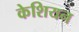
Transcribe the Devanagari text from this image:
केशियन